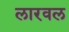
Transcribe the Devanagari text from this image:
लारवल